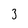
Character: 3